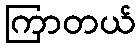
ကြာတယ်